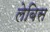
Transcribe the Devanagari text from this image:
लेबिस